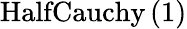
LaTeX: \mathrm{HalfCauchy}\left(1\right)